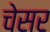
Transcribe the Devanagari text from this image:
चेसर